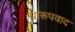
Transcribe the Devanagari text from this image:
प्रारूपवाद